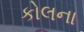
કોલના